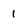
Character: 1